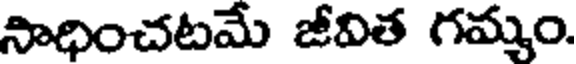
సాధించటమే జీవిత గమ్మం.